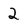
Character: 2